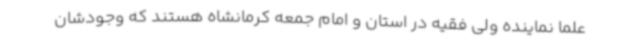
علما نماینده ولی فقیه در استان و امام جمعه کرمانشاه هستند که وجودشان